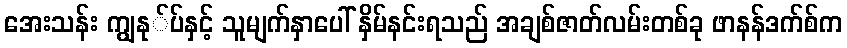
အေးသန်း ကျွနု်ပ်နှင့် သူမျက်နှာပေါ် နှိမ်နင်းရသည် အချစ်ဇာတ်လမ်းတစ်ခု ဖာနန်ဒက်စ်က